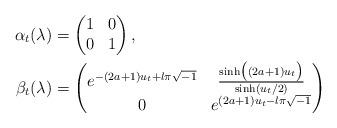
LaTeX: \begin{align*} \alpha_t(\lambda) &= \begin{pmatrix}1&0\\0&1\end{pmatrix}, \\ \beta_t(\lambda) &= \begin{pmatrix}e^{-(2a+1)u_t+l\pi\sqrt{-1}}&\frac{\sinh\bigl((2a+1)u_t\bigr)}{\sinh(u_t/2)}\\0&e^{(2a+1)u_t-l\pi\sqrt{-1}}\end{pmatrix}\end{align*}